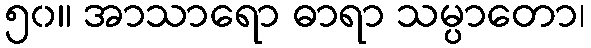
၅၀။ အာသာရော ဓာရာ သမ္ပာတော၊